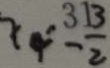
x _ { 4 } = - \frac { 1 3 } { 2 }